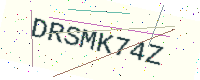
Text: DRSMK74Z